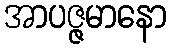
အာပဇ္ဇမာနော